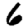
Digit: 6